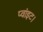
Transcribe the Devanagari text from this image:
प्‍वांइट।